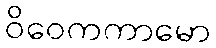
ဝိဝေကကာမော